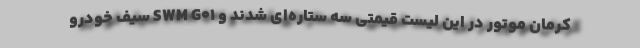
کرمان موتور در این لیست قیمتی سه ستاره‌ای شدند و SWM G01 سیف خودرو